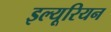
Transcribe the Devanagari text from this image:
इल्यूरियन